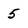
Character: 5